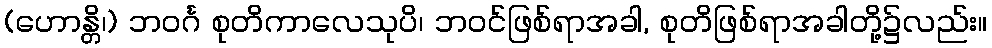
(ဟောန္တိ၊) ဘဝင်္ဂ စုတိကာလေသုပိ၊ ဘဝင်ဖြစ်ရာအခါ, စုတိဖြစ်ရာအခါတို့၌လည်း။